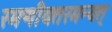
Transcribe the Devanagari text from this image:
रमणीयतरमन्यत्